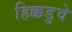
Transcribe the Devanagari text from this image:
हिक्कडुवे